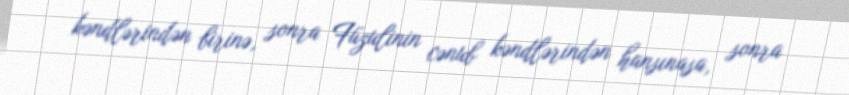
kəndlərindən birinə, sonra Füzulinin cənub kəndlərindən hansınasa, sonra